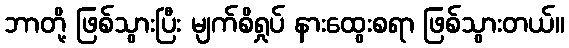
ဘာတို့ ဖြစ်သွားပြီး မျက်စိရှုပ် နားထွေးစရာ ဖြစ်သွားတယ်။